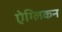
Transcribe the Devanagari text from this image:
ऐग्लिकन